Indian journal of veterinary science and animal husbandry - Volume 5,
Year: 1935
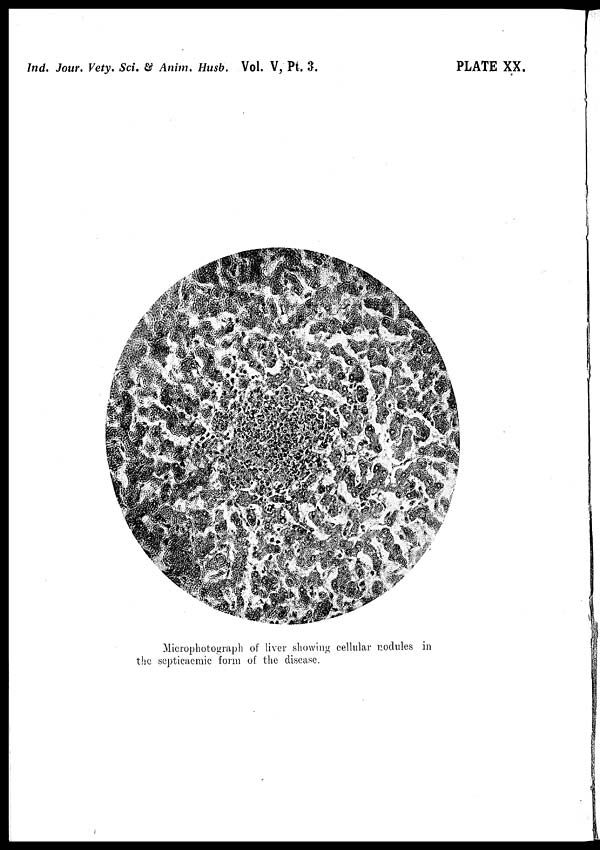
Ind. Jour. Vety. Sci. & Anim. Husb. Vol. V, Pt. 3.
PLATE XX.
Microphotograph of liver showing cellular modules in
the septicaemic form of the disease.